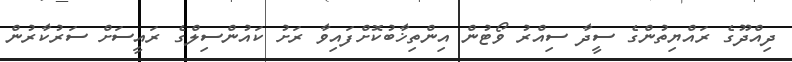
ދިއްދޫގެ ރައްޔިތުންގެ ސީދާ ސިއްރު ވޯޓުން އިންތިޚާބުކޮށްފައިވާ ރަށު ކައުންސިލްގެ ރައީސަށް ސަރުކާރުން